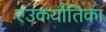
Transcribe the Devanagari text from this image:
एउकर्योतिका